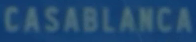
CASABLANCA